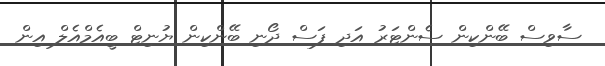
ސާވިސް ބޭންކިން ސެންޓަރު އަދި ފަސް ދޯނި ބޭންކިން ޔުނިޓް ބީއެމްއެލް އިން